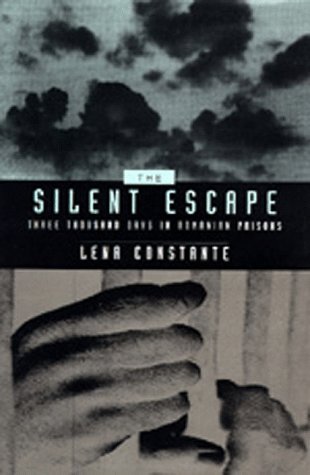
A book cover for The Silent Escape: Three Thousand Days in Romanian Prisons; Lena Constante; History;